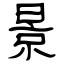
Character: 景